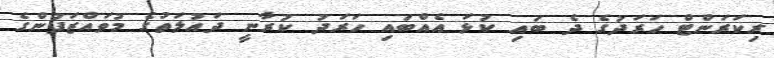
ރިކަރަންޓް ހަރަދުގެ ދެ ބައި ކުޅަ އެއްބައި ހަރަދު ކުރާނީ ދައުލަތުގެ މުވައްޒަފުންގެ